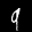
Label: 9